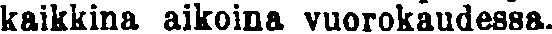
kaikkina aikoina vuorokaudessa.